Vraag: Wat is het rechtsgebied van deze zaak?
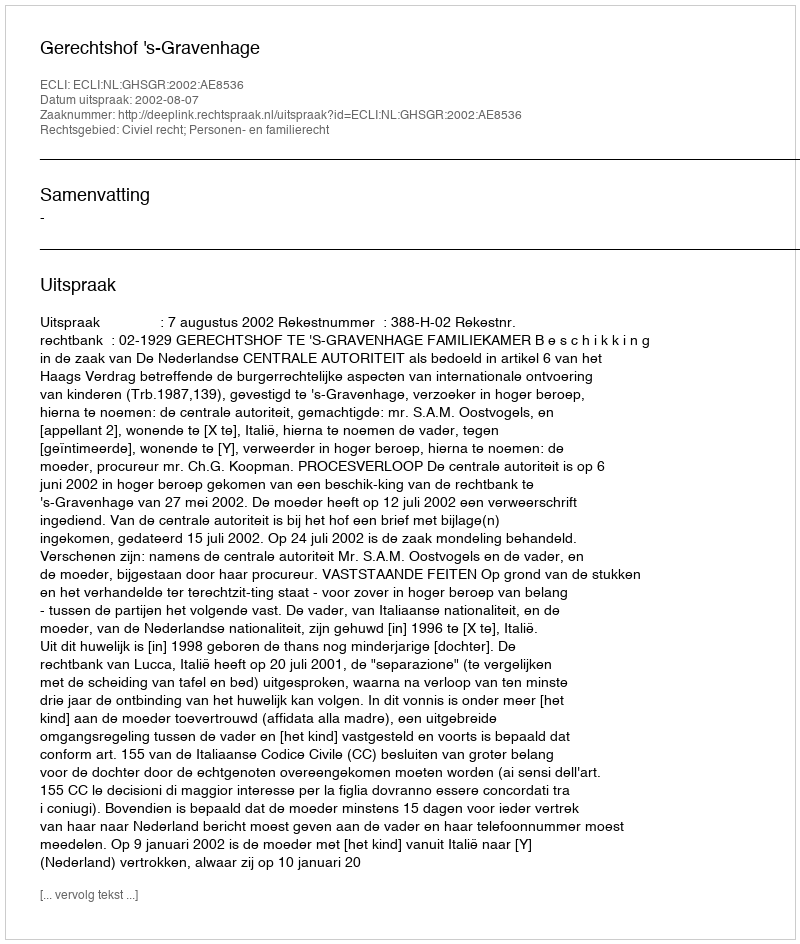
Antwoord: Civiel recht; Personen- en familierecht